Vital statistics of India. Vol. V, Reports of 1876 on armies & jails and on epidemic cholera
Year: 1876
Disease focus: Cholera
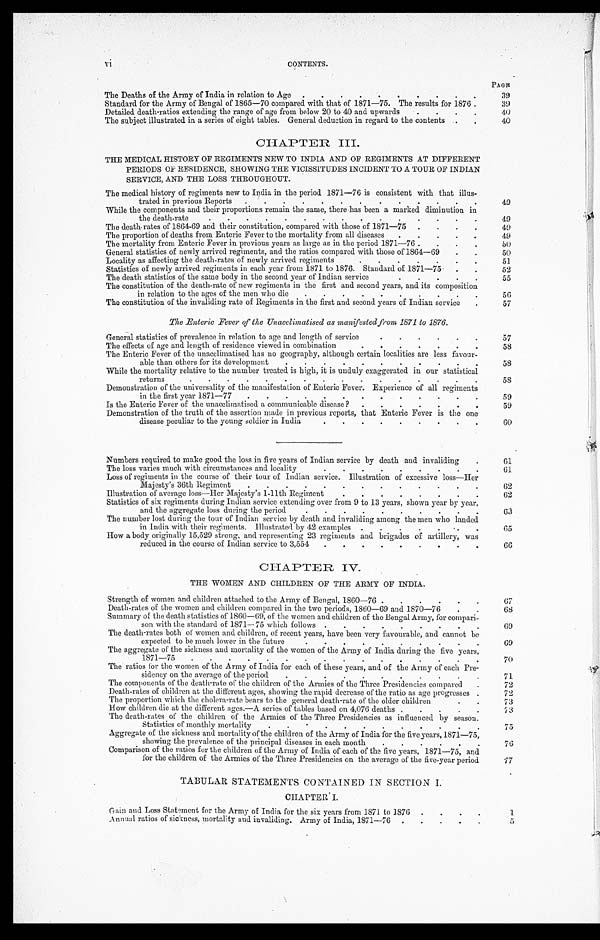
vi
CONTENTS.
P A G E
The Deaths of the Army of India in relation to Age . . .
39
Standard for the Army of Bengal of 1865—70 compared with that of 1871—75. The results for 1876. . .
39
Detailed death-ratios extending the range of age from below 20 to 40 and upwards
. . .
40
The subject illustrated in a series of eight tables. General deduction in regard to the contents
. . .
4 0
CHAPTER III.
THE MEDICAL HISTORY OF REGIMENTS NEW TO INDIA AND OF REGIMENTS AT DIFFERENT
PERIODS OF RESIDENCE, SHOWING THE VICISSITUDES INCIDENT TO A TOUR OF INDIAN
SERVICE, AND THE LOSS THROUGHOUT.
The medical history of regiments new to India in the period 1871-76 is consistent with that illus-
trated in previous Reports . . .
49
While the components and their proportions remain the same, there has been a marked diminution in
the death-rate . . .
49
The death-rates of 1864-69 and their constitution, compared with those of 1871—75 . . .
49
The proportion of deaths from Enteric Fever to the mortality from all diseases
. . .
49
The mortality from Enteric Fever in previous years as large as in the period 1871—76 . . .
50
General statistics of newly arrived regiments, and the ratios compared with those of 1864—69 . . .
50
Locality as affecting the death-rates of newly arrived regiments
. . .
5 1
Statistics of newly arrived regiments in each year from 1871 to 1876. Standard of 1871—75. . .
52
The death statistics of the same body in the second year of Indian service
. . .
55
The constitution of the death-rate of new regiments in the first and second years, and its composition
in relation to the ages of the men who die
. . .
56
The constitution of the invaliding rate of Regiments in the first and second years of Indian service . . .
57
The Enteric Fever of the Unacclimatised as manifested from 1871 to 1876.
General statistics of prevalence in relation to age and length of service
. . .
57
The effects of age and length of residence viewed in combination
. . .
58
The Enteric Fever of the unacclimatised has no geography, although certain localities are less favour -
able than others for its development
. . .
58
While the mortality relative to the number treated is high, it is unduly exaggerated in our statistical
returns
. . .
5 8
Demonstration of the universality of the manifestation of Enteric Fever. Experience of all regiments
in the first year 1871—77
. . .
59
Is the Enteric Fever of the unacclimatised a communicable disease ?
. . .
59
Demonstration of the truth of the assertion made in previous reports, that Enteric Fever is the one
disease peculiar to the young soldier in India
. . .
60
Numbers required to make good the loss in five years of Indian service by death and invaliding . . .
61
The loss varies much with circumstances and locality . . .
61
Loss of regiments in the course of their tour of Indian service. Illustration of excessive loss—Her
Majesty's 36th Regiment
. . .
62
Illustration of average loss—Her Majesty's 1-11th Regiment
. . .
62
Statistics of six regiments during Indian service extending over from 9 to 13 years, shown year by year,
and the aggregate loss during the period
. . .
63
The number lost during the tour of Indian service by death and invaliding among the men who landed
in India with their regiments. Illustrated by 42 examples
. . .
65
How a body originally 15,529 strong, and representing 23 regiments and brigades of artillery, was
reduced in the course of Indian service to 3,554
. . .
6 6
CHAPTER, IV.
THE WOMEN AND CHILDREN OF THE ARMY OF INDIA.
Strength of women and children attached to the Army of Bengal, 1860-76 . . .
67
Death-rates of the women and children compared in the two periods, 1860—69 and 1870—76 . . .
68
Summary of the death statistics of 1860—69, of the women and children of the Bengal Army, for compari
-son with the standard of 1871—75 which follows . . .
69
The death-rates both of women and children, of recent years, have been very favourable, and cannot be
expected to be much lower in the future. . .
69
The aggregate of the sickness and mortality of the women of the Army of India during the five years,
1871—75
. . .
70
The ratios for the women of the Army of India for each of these years, and of the Army of each Pre
-sidency on the average of the period . . .
71
The components of the death-rate of the children of the Armies of the Three Presidencies compared . . .
72
Death-rates of children at the different ages, showing the rapid decrease of the ratio as age progresses. . .
72
The proportion which the cholera-rate bears to the general death-rate of the older children
. . .
73
How children die at the different ages.—A series of tables based on 4,076 deaths
. . .
7 3
The death-rates of the children of the Armies of the Three Presidencies as influenced by season.
Statistics of monthly mortality . . .
75
Aggregate of the sickness and mortality of the children of the Army of India for the five years, 1871—75,
showing the prevalence of the principal diseases in each month
76
Comparison of the ratios for the children of the Army of India of each of the five years, 1871—75, and
for the children of the Armies of the Three Presidencies on the average of the five-year period . . .
77
TABULAR STATEMENTS CONTAINED IN SECTION I.
CHAPTER I.
Gain and Loss Statement for the Army of India for the six years from 1871 to 1876
. . .
1
Annual ratios of sickness, mortality and invaliding. Army of India, 1871—76. . .
5